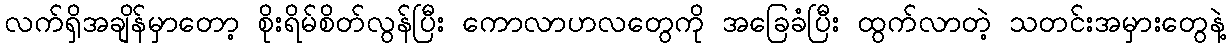
လက်ရှိအချိန်မှာတော့ စိုးရိမ်စိတ်လွန်ပြီး ကောလာဟလတွေကို အခြေခံပြီး ထွက်လာတဲ့ သတင်းအမှားတွေနဲ့